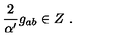
{ \frac { 2 } { \alpha ^ { \prime } } } g _ { a b } \in Z \ .